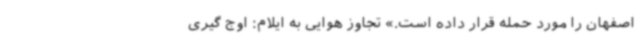
اصفهان را مورد حمله قرار داده است.» تجاوز هوایی به ایلام: اوج گیری